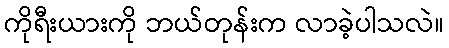
ကိုရီးယားကို ဘယ်တုန်းက လာခဲ့ပါသလဲ။